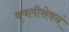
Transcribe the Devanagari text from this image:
वृषलीसेवनं